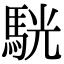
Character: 駫